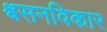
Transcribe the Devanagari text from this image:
श्वसनविकार